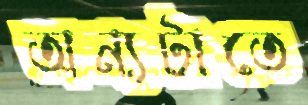
অন্যটাতে